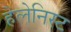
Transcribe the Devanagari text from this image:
हेलेनिस्ट